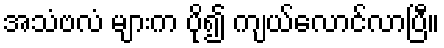
အသံဗလံ များက ပို၍ ကျယ်လောင်လာပြီ။